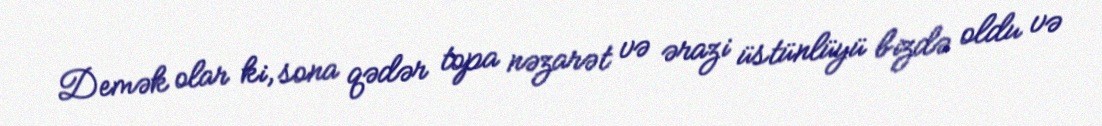
Demək olar ki, sona qədər topa nəzarət və ərazi üstünlüyü bizdə oldu və